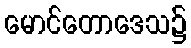
မောင်တောဒေသ၌